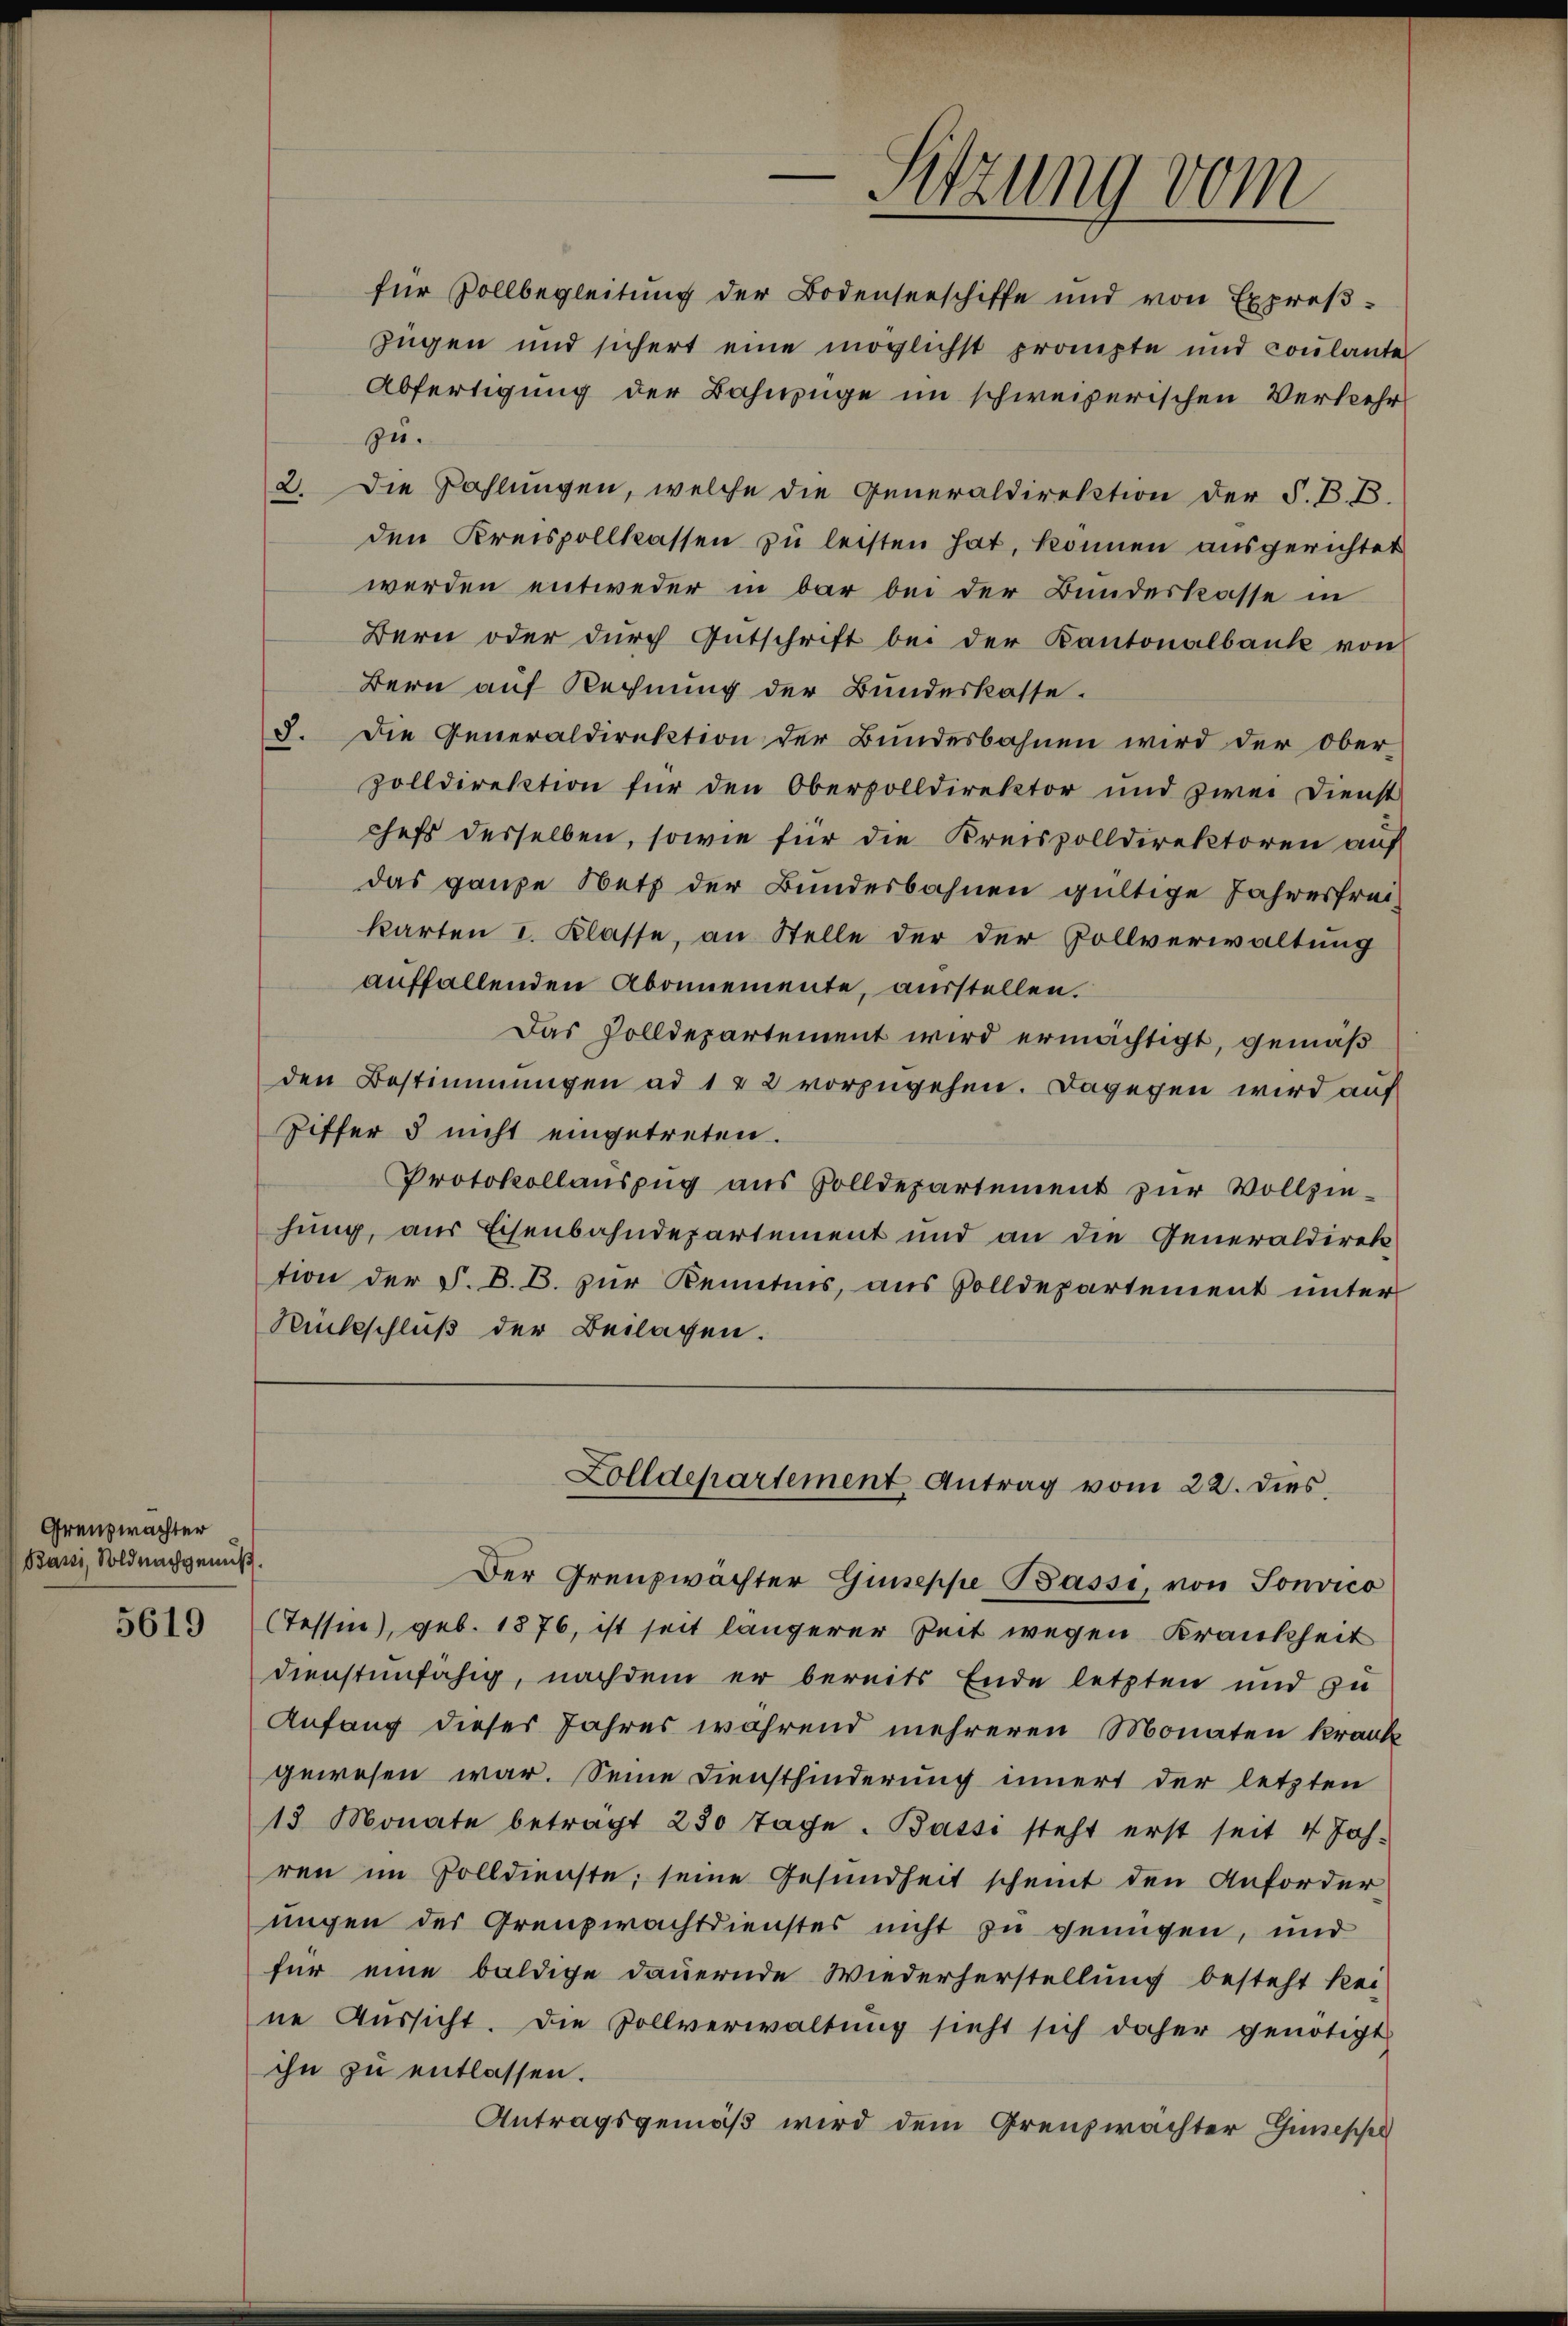
Grenzwächter
Bani, Soldnachgenuß.

5619

Sitzung vom
e

für Vollbegleitung der Bodenseeschiffe und von Expres-
zügen und sichert eine möglichst prompte und coulante
Abfertigung der Bahnzüge im schweizerischen Verkehr
zu.
2. Die Zahlungen, welche die Generaldirektion der S. B. B.
den Kreispollkassen zu leisten hat, können ausgerichtet
werden entweder in bar bei der Bundeskasse in
Bern oder dŭrch Gutschrift bei der Kantonalbank von
Bern auf Rechnung der Bundeskasse.
3. Die Generaldirektion der Bundesbahnen wird der Ober-
zolldirektion für den Obervolldirektor und zwei Dienst
chefs desselben, sowie für die Kreisvolldirektoren auf
das ganze Netz der Bundesbahnen gültige Jahresfrei
karten I. Klasse, an Stelle der der Rollverwaltung
auffallenden Abonnemente, ausstellen.
Das Zolldepartement wird ermächtigt, gemäß
den Bestimmungen ad 1 & 2 vorzugehen. Dagegen wird auf
Ziffer 5 nicht eingetreten.
Protokollauszug aus Zolldepartement zur Vollziehung, aus Eisenbahndepartement und an die Generaldirektion der F. B. B. zur Kenntnis, aus Volldepartement unter
Rückschluß der Beilagen.

Zolldepartement Antrag vom 22. dies

Der Grenzwächter Giuseppe Bassi, von Sonvico
(Tessin, geb. 1876, ist seit längerer Zeit wegen Krankheit
dienstenfähig, nachdem er bereits Ende letzten und zu
Anfang dieses Jahres während mehreren Monaten krank
gewesen war. Seine Diensthinderung innert der letzten
13 Monate beträgt 230 Tage. Bassi steht erst seit 4 Jah-
ren im Polldienste, seine Gesundheit scheint den Anforder
ungen der Grenzwachtdienstes nicht zu genügen, und
für eine baldige dauernde Wiederherstellung besteht kei-
ne Aussicht. Die Zollverwaltŭng sieht sich daher genötigt
ihn zu entlassen.
Antragsgemäß wird dem Grenzwächter Gimessel